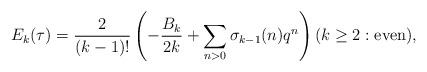
LaTeX: \begin{align*} E_k(\tau) = \frac{2}{(k-1)!}\left( -\frac{B_k}{2k} + \sum_{n>0} \sigma_{k-1}(n)q^n\right) (k\ge2:{\rm even}),\end{align*}